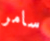
سامر